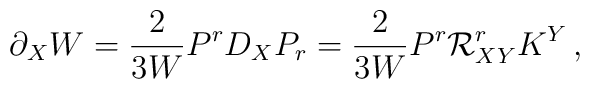
\partial_X W=\frac{2}{3W}P^rD_XP_r=\frac{2}{3W}P^r {\cal R}^r_{XY}K^Y\,,